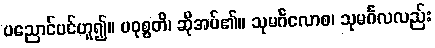
ပညောင်ပင်ဟူ၍။ ပဝုစ္စတိ၊ ဆိုအပ်၏။ သုမင်္ဂလောစ၊ သုမင်္ဂလလည်း